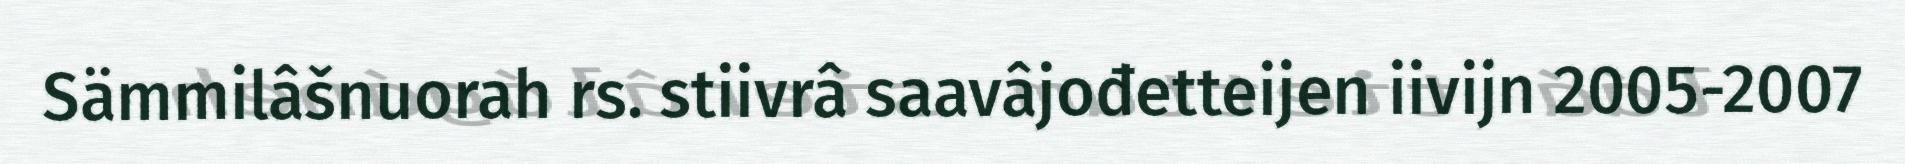
Sämmilâšnuorah rs. stiivrâ saavâjođetteijen iivijn 2005-2007